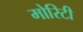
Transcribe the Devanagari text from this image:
मोरिटी